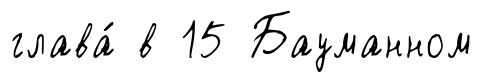
глава́ в 15 Бауманном